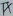
Text: TX